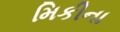
મિકીના